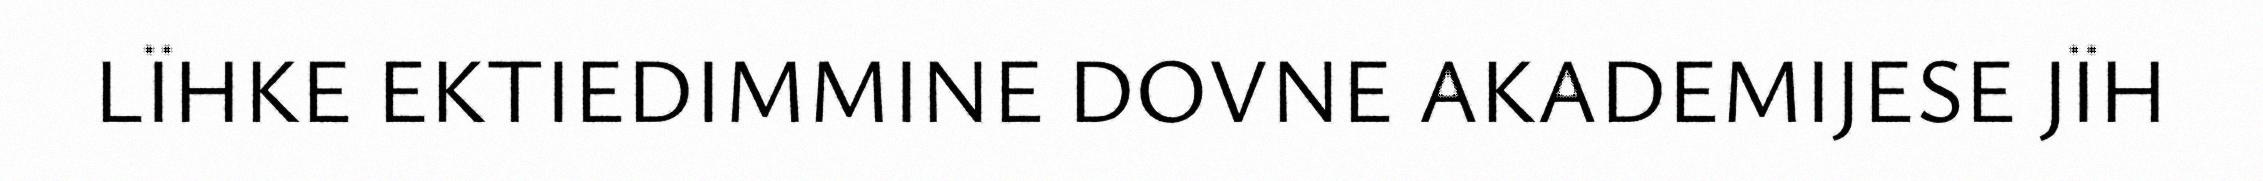
LÏHKE EKTIEDIMMINE DOVNE AKADEMIJESE JÏH